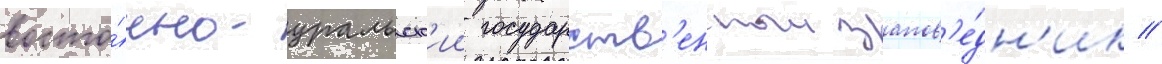
восто́чно-уральск'ии государств'енныи запов'е́дн'ик //